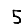
Digit: 5